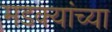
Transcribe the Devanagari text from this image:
मडक्यांच्या